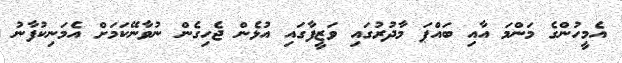
އެމީހުންގެ މަންމަ އާއި ބައްޕަ މާދުރުގައި ވަޒީފާގައި އުޅެން ޖެހިގެން ނުވާނޭކަމަށް އެމަނިކުފާނު